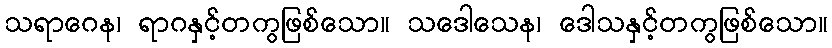
သရာဂေန၊ ရာဂနှင့်တကွဖြစ်သော။ သဒေါသေန၊ ဒေါသနှင့်တကွဖြစ်သော။